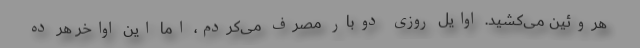
هروئین می‌کشید. اوایل روزی دوبار مصرف می‌کردم، اما این اواخر هر ده